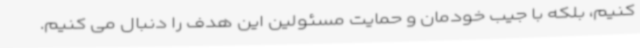
کنیم، بلکه با جیب خودمان و حمایت مسئولین این هدف را دنبال می کنیم.